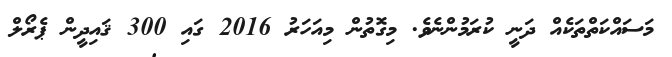
މަސައްކަތްތަކެއް ދަނީ ކުރަމުންނެވެ. މިގޮތުން މިއަހަރު 2016 ގައި 300 ޤައިދީން ޕެރޯލް